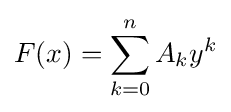
F(x)=\sum _{k=0}^{n}A_{k}y^{k}